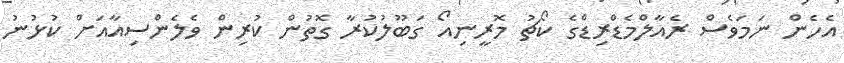
އެހެން ނަމަވެސް ރެއާލްމެޑްރިޑްގެ ކޯޗު މޮރީނިއޯ ގަބޫލުކުރާ ގޮތުން ކުރިން ވެލެންސިއާއަށް ކުޅުނު